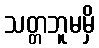
သတ္တဘူမမှိ